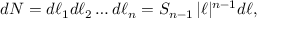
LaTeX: d N = d \ell _ { 1 } d \ell _ { 2 } \dots d \ell _ { n } = S _ { n - 1 } \, | \ell | ^ { n - 1 } d \ell ,